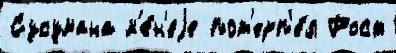
Сусумана м'е́н'еjе пот'ерп'е́л Рост